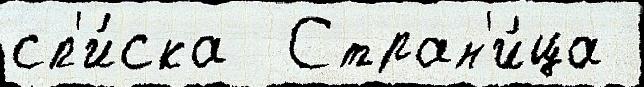
сп'и́ска  Стран'и́ца